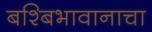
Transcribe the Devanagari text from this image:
बश्बिभावानाचा